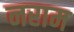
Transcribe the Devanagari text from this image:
नराम